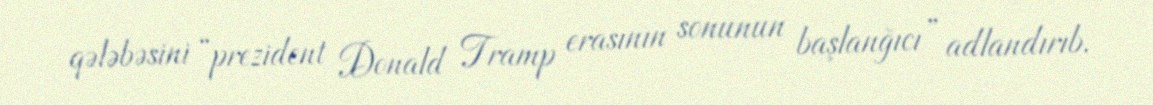
qələbəsini “prezident Donald Tramp erasının sonunun başlanğıcı” adlandırıb.